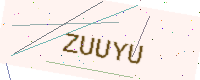
Text: ZUUYU